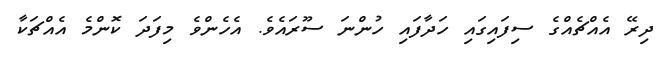
ދިރޭ އެއްޗެއްގެ ސިފައިގައި ހަދާފައި ހުންނަ ސޫރައެވެ. އެހެންވެ މިފަދަ ކޮންމެ އެއްޗަކާ